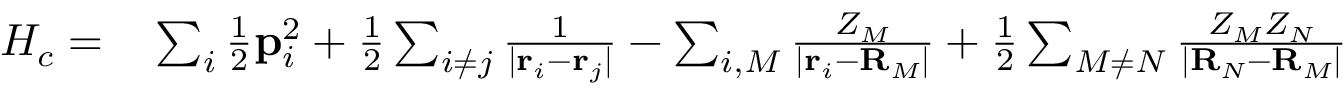
\begin{array} { r l } { H _ { c } = } & { { } \sum _ { i } \frac { 1 } { 2 } \mathbf { p } _ { i } ^ { 2 } + \frac { 1 } { 2 } \sum _ { i \neq j } \frac { 1 } { | \mathbf { r } _ { i } - \mathbf { r } _ { j } | } - \sum _ { i , M } \frac { Z _ { M } } { | \mathbf { r } _ { i } - \mathbf { R } _ { M } | } + \frac { 1 } { 2 } \sum _ { M \neq N } \frac { Z _ { M } Z _ { N } } { | \mathbf { R } _ { N } - \mathbf { R } _ { M } | } } \end{array}